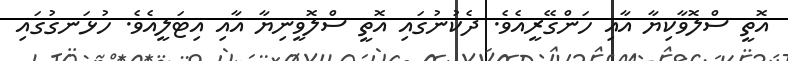
އޮތީ ސްލޮވާކިޔާ އާއި ހަންގޭރީއެވެ. ދެކުނުގައި އޮތީ ސްލޮވީނިޔާ އާއި އިޓަލީއެވެ. ހުޅަނގުގައި